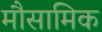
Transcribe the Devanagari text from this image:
मौसामिक